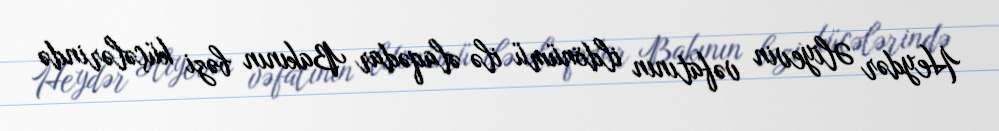
Heydər Əliyevin vəfatının ildönümü ilə əlaqədar Bakının bəzi küçələrində